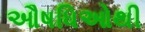
ઔષધિઓથી